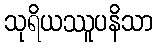
သုရိယဿူပနိသာ